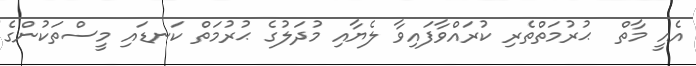
އެއީ މާތް  ޙުރުމަތްތެރި ކުރައްވާފައިވާ ލެޔާއި މުދަލުގެ ޙުރުމަތް ކަނޑައި މީސްތަކުންގެ